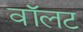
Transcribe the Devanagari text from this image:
वॉलट